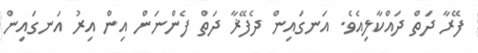
ފޭރާ ދަތް ދައްކާލިއެވެ. އަނގައިން ދެފޭޜާ ދަތް ފެންނަން އިން އިރު އަނގައިން